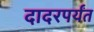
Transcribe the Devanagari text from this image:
दादरपर्यंत